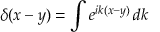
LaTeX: \delta ( x - y ) = \int e ^ { i k ( x - y ) } \, d k